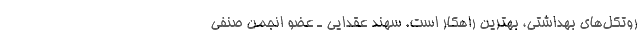
روتکل‌های بهداشتی، بهترین راهکار است. سهند عقدایی ـ عضو انجمن صنفی